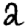
Digit: 2